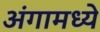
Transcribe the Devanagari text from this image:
अंगामध्ये